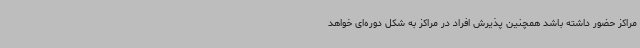
مراکز حضور داشته باشد همچنین پذیرش افراد در مراکز به شکل دوره‌ای خواهد